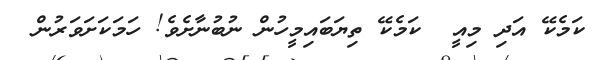
ކަމެކޭ އަދި މިއީ  ކަމެކޭ ތިޔަބައިމީހުން ނުބުނާށެވެ! ހަމަކަށަވަރުން